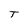
Character: T